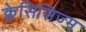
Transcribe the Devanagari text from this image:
क्लेसिसिज्म